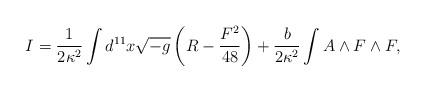
LaTeX: \begin{align*}I=\frac{1}{2\kappa^2}\int d^{11}x \sqrt{-g} \left(R-\frac{F^2}{48}\right) +\frac{b}{2\kappa^2}\int A\land F\land F,\end{align*}